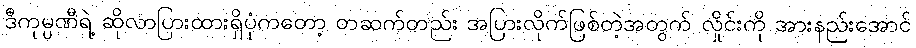
ဒီကုမ္ပဏီရဲ့ ဆိုလာပြားထားရှိပုံကတော့ တဆက်တည်း အပြားလိုက်ဖြစ်တဲ့အတွက် လှိုင်းကို အားနည်းအောင်